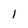
Character: I